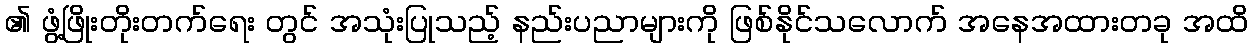
၏ ဖွံ့ဖြိုးတိုးတက်ရေး တွင် အသုံးပြုသည့် နည်းပညာများကို ဖြစ်နိုင်သလောက် အနေအထားတခု အထိ